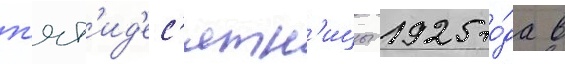
п'ят'ид'ес'ятн'ицы 1925 го́да в